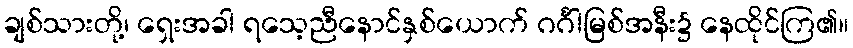
ချစ်သားတို့၊ ရှေးအခါ ရသေ့ညီနောင်နှစ်ယောက် ဂင်္ဂါမြစ်အနီး၌ နေထိုင်ကြ၏။